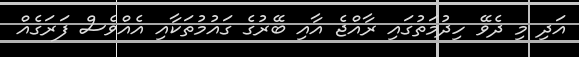
އަދި މި ދެވޭ ހިދުމަތުގައި ރާއްޖެ އާއި ބޭރުގެ ގައުމުތަކާއި އެއްވެސް ފަރަގެއް